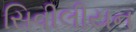
સિવીલીયન